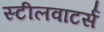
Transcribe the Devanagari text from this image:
स्टीलवाटर्स